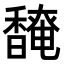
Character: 𬳡